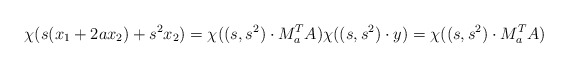
\begin{align*}\chi(s(x_{1} + 2ax_2) + s^{2}x_2)= \chi((s, s^2) \cdot M_{a}^{T}A)\chi((s, s^2)\cdot y) = \chi((s, s^2) \cdot M_{a}^{T}A)\end{align*}